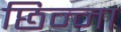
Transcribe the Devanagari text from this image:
छिन्ना